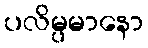
ပလိမ္ပမာနော